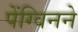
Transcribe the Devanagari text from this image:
पेंग्विनने